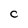
Character: c